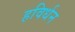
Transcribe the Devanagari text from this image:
हविर्धन